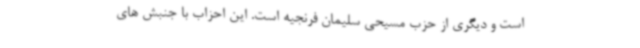
است و دیگری از حزب مسیحی سلیمان فرنجیه است. این احزاب با جنبش های